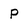
Character: P